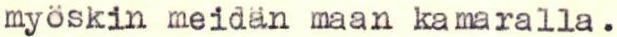
myöskin meidän maan kamaralla.